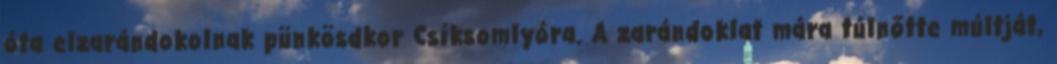
óta elzarándokolnak pünkösdkor Csíksomlyóra. A zarándoklat mára túlnőtte múltját,